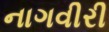
નાગવીરી